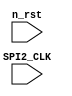
module DSP_Spi(input n_rst,input SPI2_CLK);

reg[4:0] SPICNT;						//MAX is 16 bit

always@(posedge SPI2_CLK or negedge n_rst)//PLL;SPI is MSB
begin
	if(!n_rst)
	begin
		SPICNT	<= 5'd0;
	end
	else
	begin
		if(SPICNT < 5'd15)
			SPICNT	<= SPICNT + 8'd1;
		else
			SPICNT	<= 8'd0;
	end
	
	
end


endmodule